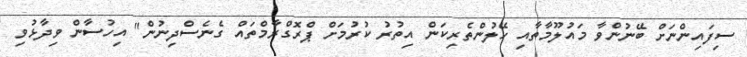
ސިފައިންނަށް ބޭނުންވާ މައުލޫމާތާއި ހޭލުންތެރިކަން އިތުރު ކުރުމަށް ޕްރޮގްރާމްތައް ގެނެސްދިނުން" އިހުސާން ވިދާޅުވި